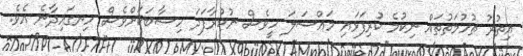
އިތުރު ތުހުމަތުތައް ނިކުމެ ކުރިފަޅައި މައްސަލަ ހީވެސް ނުކުރާފަދަ ހިސާބަކަށްވެސް ހިނގައިދާނެ އެވެ.